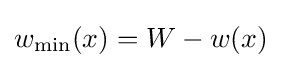
w_{\text{min}}(x)=W-w(x)